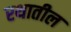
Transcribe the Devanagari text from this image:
रथातील